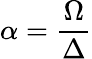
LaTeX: \alpha=\frac{\Omega}{\Delta}